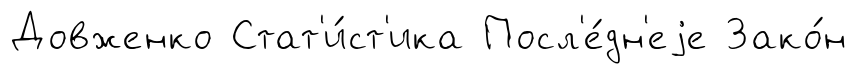
Довженко Стат'и́ст'ика Посл'е́дн'еjе Зако́н